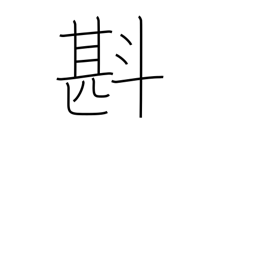
Meaning: estimate